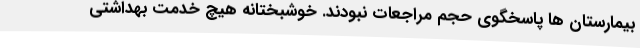
بیمارستان ها پاسخگوی حجم مراجعات نبودند. خوشبختانه هیچ خدمت بهداشتی